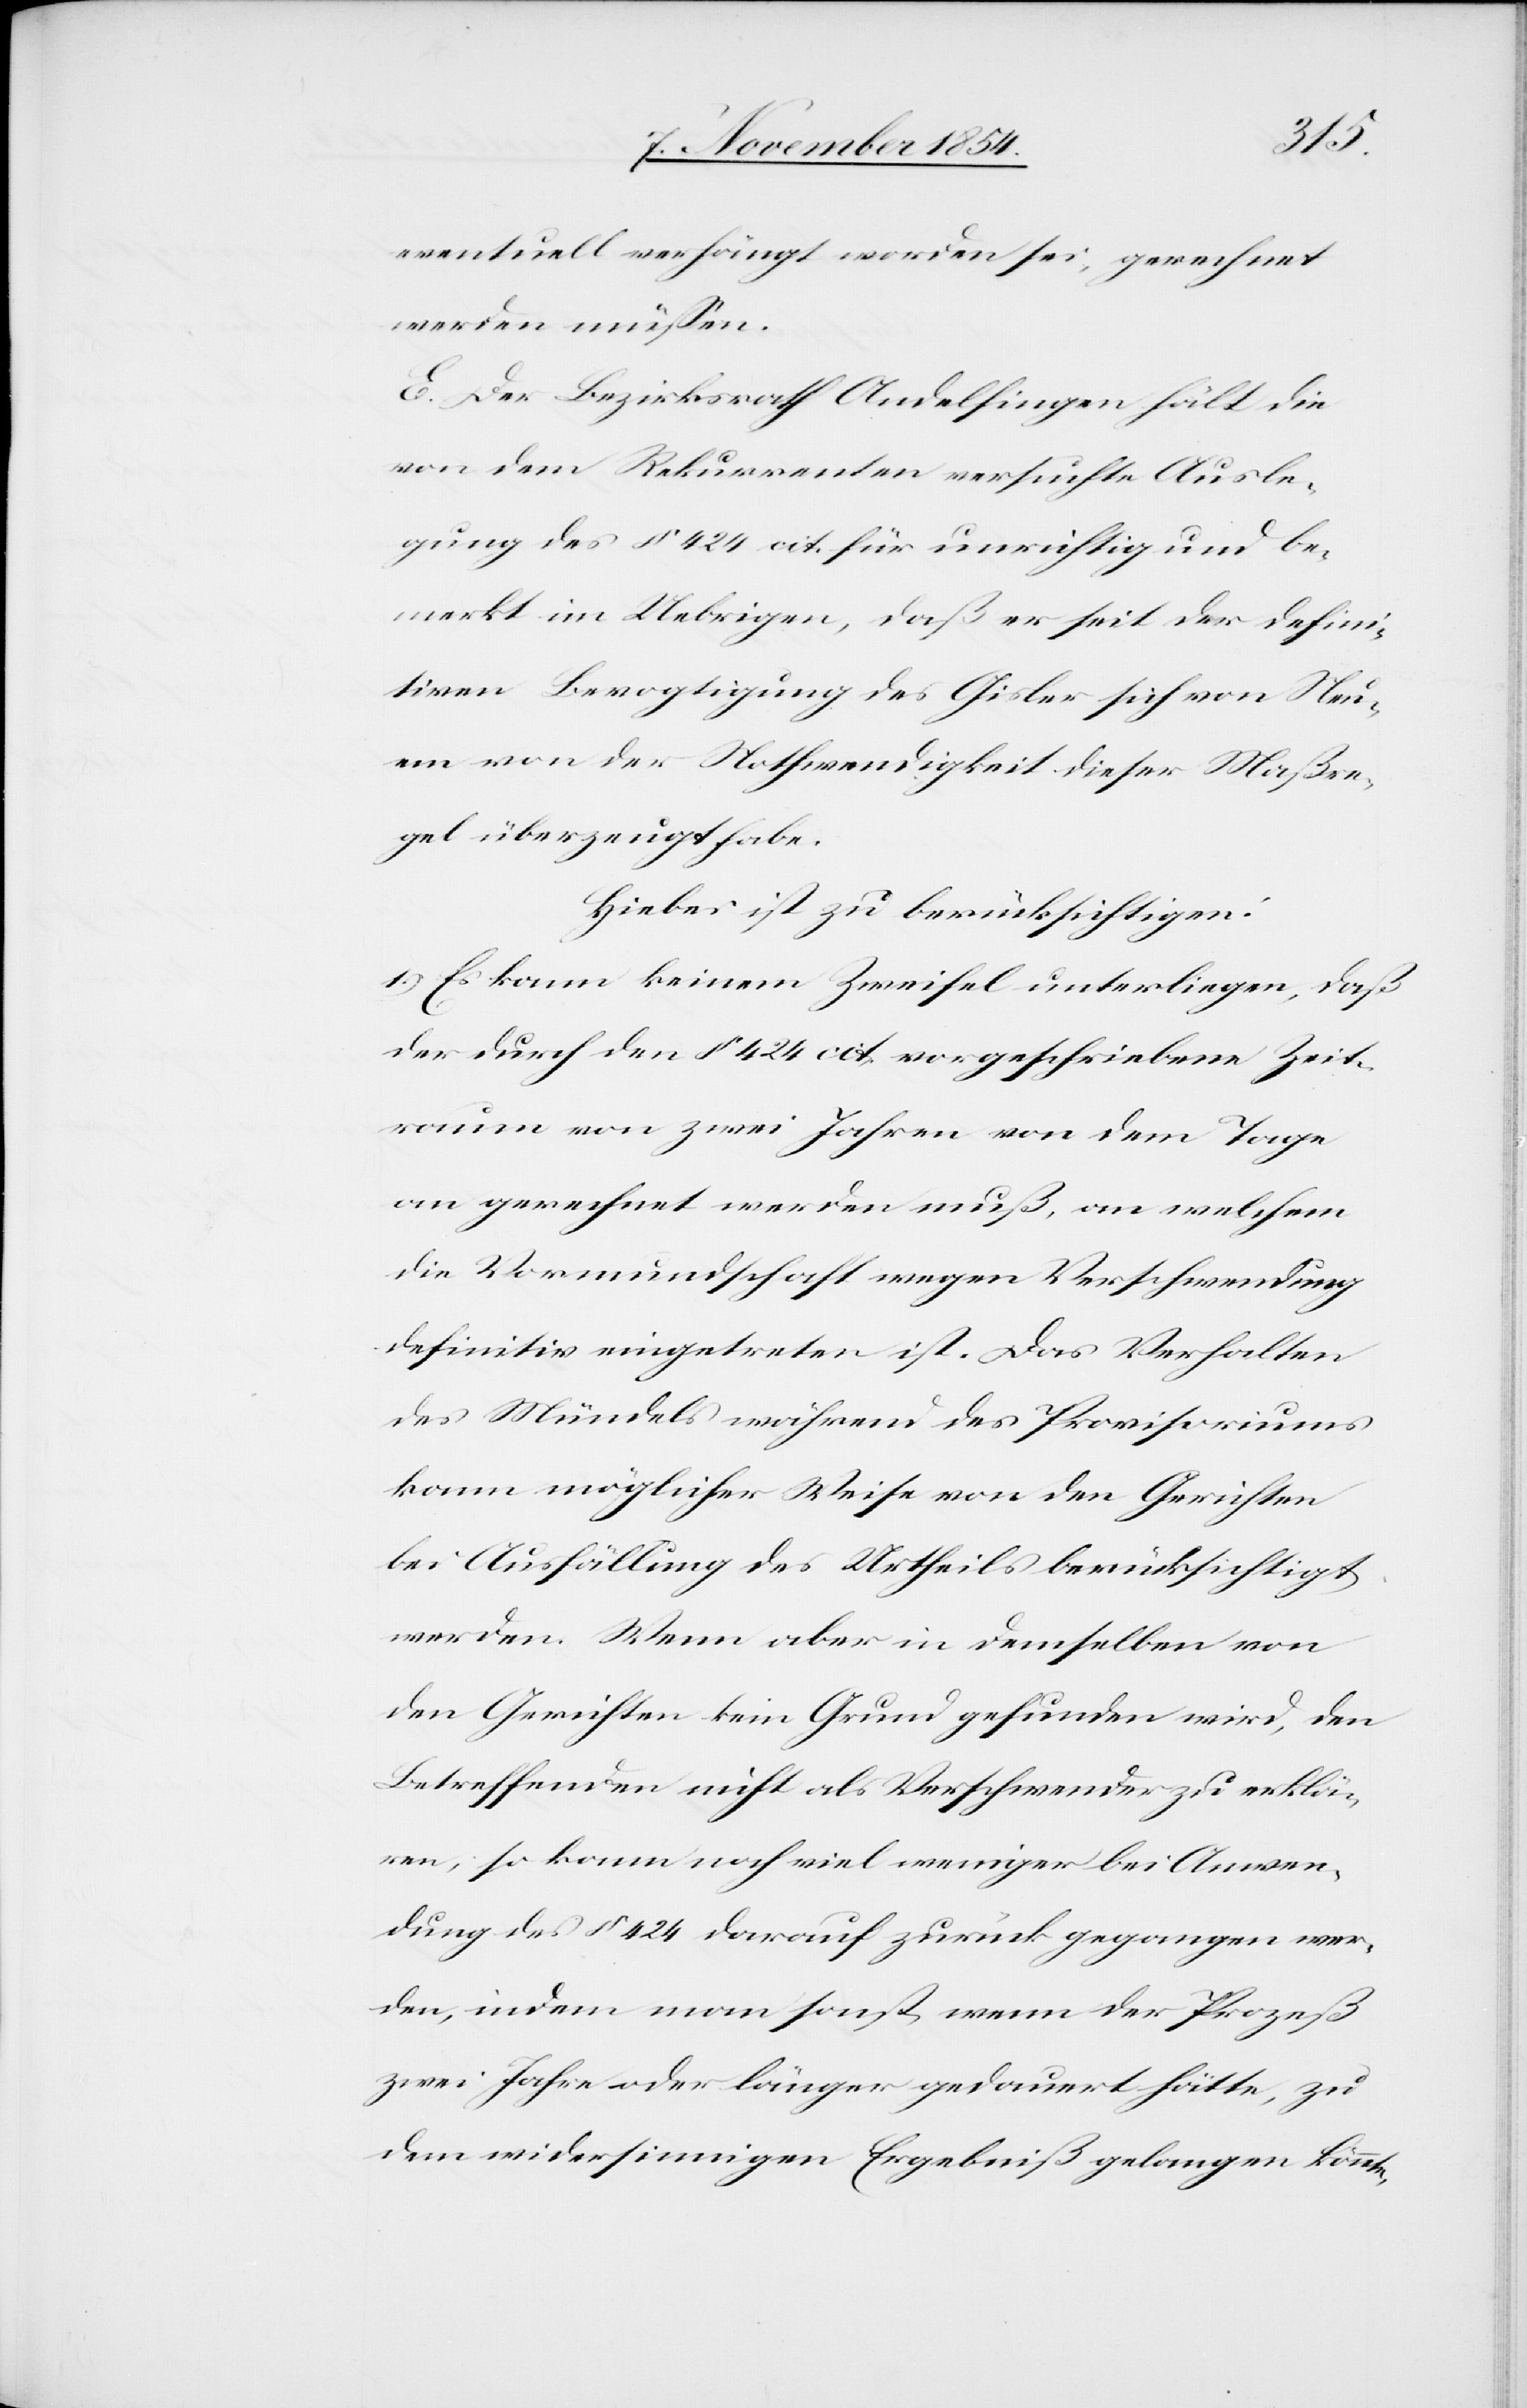
eventuell verhängt worden sei, gerechnet
werden müße.
E. Der Bezirksrath Andelfingen hält die
von dem Rekurrenten versuchte Ausle¬
gung des § 424 cit. für unrichtig und be¬
merkt im Uebrigen, daß er seit der defini¬
tiven Bevogtigung des Gisler sich von Neu¬
em von der Nothwendigketi dieser Maßre¬
gel überzeugt habe.
Hiebei ist zu berücksichtigen:
1.) Es kann keinem Zweifel unterliegen, daß
der durch den § 424 cit. vorgeschriebene Zeit¬
raum von zwei Jahren von dem Tage
an gerechnet werden muß, an welchem
die Vormundschaft wegen Verschwendung
definitiv eingetreten ist. Das Verhalten
des Mündels während des Provisoriums
kann möglicher Weise von den Gerichten
bei Ausfällung des Urtheils berücksichtigt
werden. Wenn aber in demselben von
den Gerichten kein Grund gefunden wird, den
Betreffenden nicht als Verschwender zu erklä¬
ren, so kann noch viel weniger bei Anwen¬
dung des § 424 darauf zurück gegangen wer¬
den, indem man sonst, wenn der Prozeß
zwei Jahre oder länger gedauert hätte, zu
dem widersinnigen Ergebniß gelangen könnte,